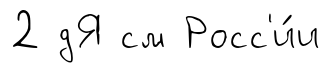
2 дЯ см Росс'и́и